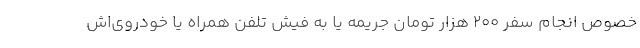
خصوص انجام سفر ۲۰۰ هزار تومان جریمه یا به فیش تلفن همراه یا خودروی‌اش